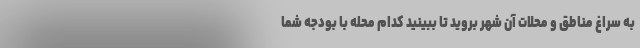
به سراغ مناطق و محلات آن شهر بروید تا ببینید کدام محله با بودجه شما